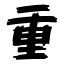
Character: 重